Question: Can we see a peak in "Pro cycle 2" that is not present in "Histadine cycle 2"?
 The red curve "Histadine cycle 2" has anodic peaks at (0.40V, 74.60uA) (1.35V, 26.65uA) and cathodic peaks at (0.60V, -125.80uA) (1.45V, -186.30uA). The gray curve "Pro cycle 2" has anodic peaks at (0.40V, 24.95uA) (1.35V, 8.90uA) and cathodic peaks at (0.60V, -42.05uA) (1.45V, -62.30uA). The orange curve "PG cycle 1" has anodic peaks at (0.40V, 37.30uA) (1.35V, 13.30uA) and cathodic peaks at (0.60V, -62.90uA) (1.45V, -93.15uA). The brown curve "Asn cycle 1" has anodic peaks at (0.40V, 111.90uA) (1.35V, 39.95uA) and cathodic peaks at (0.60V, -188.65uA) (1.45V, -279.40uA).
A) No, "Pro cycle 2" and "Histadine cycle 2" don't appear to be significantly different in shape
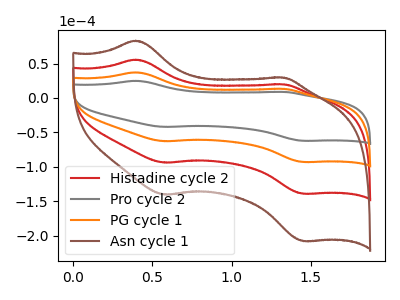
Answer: <think>All the peaks in "Pro cycle 2" have a peak in "Histadine cycle 2" at the same potential. Every peak in "Pro cycle 2" is lower than every peak in "Histadine cycle 2".
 </think>
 <answer>A) No, "Pro cycle 2" and "Histadine cycle 2" don't appear to be significantly different in shape</answer>
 <eval>A</eval>